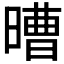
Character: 𣉿